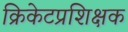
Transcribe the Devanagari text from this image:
क्रिकेटप्रशिक्षक